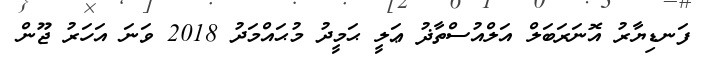
ފަނޑިޔާރު އޮނަރަބަލް އަލްއުސްތާޛު ޢަލީ ޙަމީދު މުޙައްމަދު 2018 ވަނަ އަހަރު ޖޫން